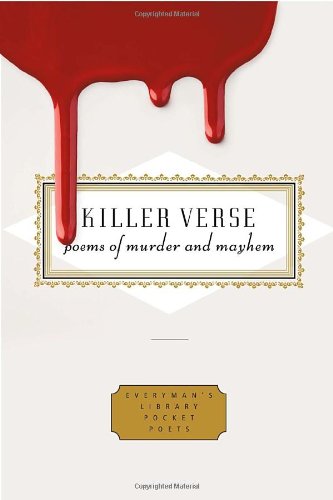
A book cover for Killer Verse: Poems of Murder and Mayhem (Everyman's Library Pocket Poets); Literature & Fiction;